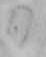
日